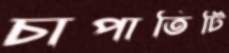
চাপাতিটি